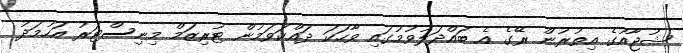
ޝުޖާއުގެ އިތުރުން ރޭގެ އެ ބައްދަލުވުމުގައި ވާހަކަ ދައްކަވަމުން ޓުރިޒަމް މިނިސްޓަރު އަހުމަދު